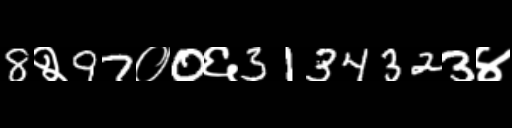
Text: 8२97०0६3134323४